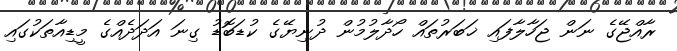
ރާއްޖޭގެ ނަން ޖަހާލާފައި ޚަބަރުތައް ހޯދާލުމުން ދުނިޔޭގެ ކުޑަބޮޑު ގިނަ އަދަދެއްގެ މީޑިއާތަކުގައި